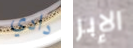
دادي الإبر